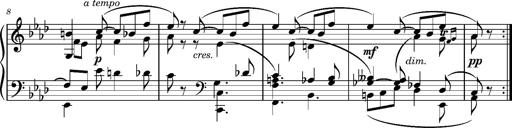
Title: Album-leaf 'Andante con moto' (S.166l/1)
Composer: Franz Liszt
Key: A-flat major (S.166l/1)